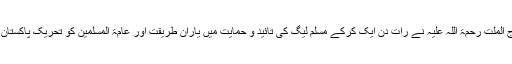
حضرت سراج الملت رحمۃ اللہ علیہ نے رات دن ایک کرکے مسلم لیگ کی تائید و حمایت میں یارانِ طریقت اور عامۃ المسلمین کو تحریک پاکستان کا ہمنوا بنایا۔